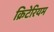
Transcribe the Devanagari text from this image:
क्रिटेरियम